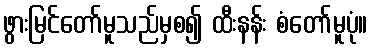
ဖွားမြင်တော်မူသည်မှစ၍ ထီးနန်း စံတော်မူပုံ။